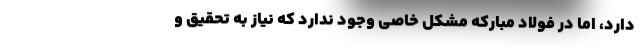
دارد، اما در فولاد مبارکه مشکل خاصی وجود ندارد که نیاز به تحقیق و